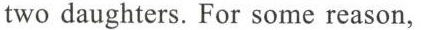
two daughters. For some reason，